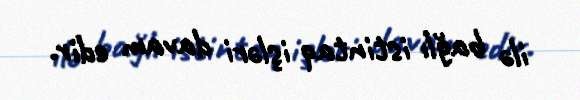
ilə bağlı istintaq işləri davam edir.